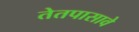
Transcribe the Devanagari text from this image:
तेतपासावे